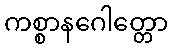
ကစ္စာနဂေါတ္တော